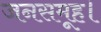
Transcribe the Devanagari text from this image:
जनसमूह।